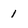
Character: 1